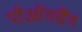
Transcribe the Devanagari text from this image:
पीओंगचैंग